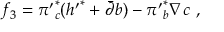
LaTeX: f _ { 3 } = { \pi ^ { \prime } } _ { c } ^ { * } ( { h ^ { \prime } } ^ { * } + { \bar { \partial } } b ) - { \pi ^ { \prime } } _ { b } ^ { * } \nabla c \ ,